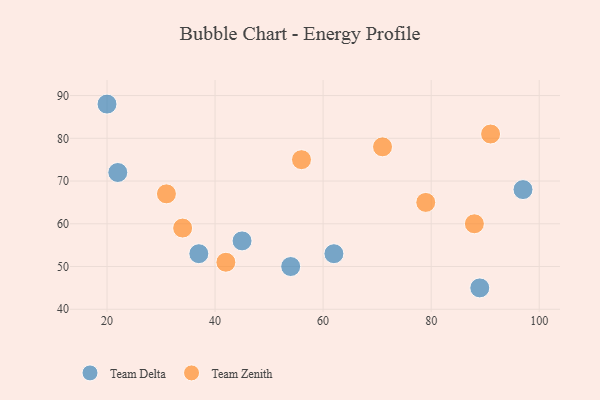
{"axis": {"x": "GDP", "y": "Life Expectancy"}, "legend": ["Team Delta", "Team Zenith"], "data": [{"x": "97", "y": 68, "type": "Team Delta"}, {"x": "62", "y": 53, "type": "Team Delta"}, {"x": "54", "y": 50, "type": "Team Delta"}, {"x": "22", "y": 72, "type": "Team Delta"}, {"x": "45", "y": 56, "type": "Team Delta"}, {"x": "37", "y": 53, "type": "Team Delta"}, {"x": "89", "y": 45, "type": "Team Delta"}, {"x": "20", "y": 88, "type": "Team Delta"}, {"x": "42", "y": 51, "type": "Team Zenith"}, {"x": "91", "y": 81, "type": "Team Zenith"}, {"x": "79", "y": 65, "type": "Team Zenith"}, {"x": "71", "y": 78, "type": "Team Zenith"}, {"x": "56", "y": 75, "type": "Team Zenith"}, {"x": "31", "y": 67, "type": "Team Zenith"}, {"x": "88", "y": 60, "type": "Team Zenith"}, {"x": "34", "y": 59, "type": "Team Zenith"}]}